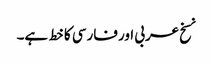
نسخ عربی اور فارسی کا خط ہے۔